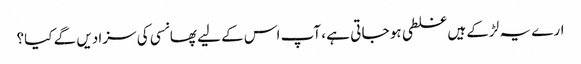
ارے یہ لڑکے ہیں غلطی ہو جا تی ہے ، آپ اس کے لیے پھانسی کی سزا دیں گے کیا؟